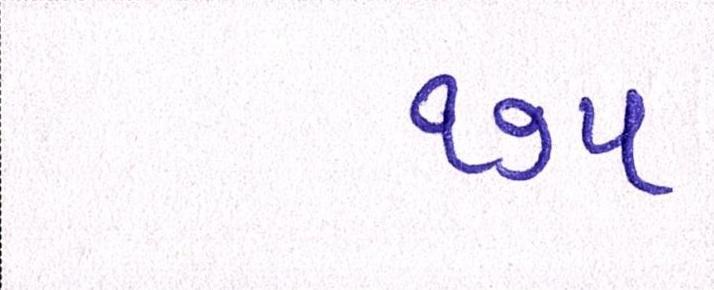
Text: ૧૭૫